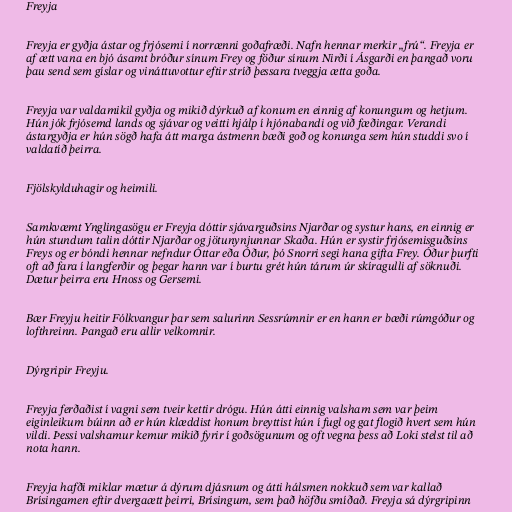
Freyja

Freyja er gyðja ástar og frjósemi í norrænni goðafræði. Nafn hennar merkir „frú“. Freyja er
af ætt vana en bjó ásamt bróður sínum Frey og föður sínum Nirði í Ásgarði en þangað voru
þau send sem gíslar og vináttuvottur eftir stríð þessara tveggja ætta goða.

Freyja var valdamikil gyðja og mikið dýrkuð af konum en einnig af konungum og hetjum.
Hún jók frjósemd lands og sjávar og veitti hjálp í hjónabandi og við fæðingar. Verandi
ástargyðja er hún sögð hafa átt marga ástmenn bæði goð og konunga sem hún studdi svo í
valdatíð þeirra.

Fjölskylduhagir og heimili.

Samkvæmt Ynglingasögu er Freyja dóttir sjávarguðsins Njarðar og systur hans, en einnig er
hún stundum talin dóttir Njarðar og jötunynjunnar Skaða. Hún er systir frjósemisguðsins
Freys og er bóndi hennar nefndur Óttar eða Óður, þó Snorri segi hana gifta Frey. Óður þurfti
oft að fara í langferðir og þegar hann var í burtu grét hún tárum úr skíragulli af söknuði.
Dætur þeirra eru Hnoss og Gersemi.

Bær Freyju heitir Fólkvangur þar sem salurinn Sessrúmnir er en hann er bæði rúmgóður og
lofthreinn. Þangað eru allir velkomnir.

Dýrgripir Freyju.

Freyja ferðaðist í vagni sem tveir kettir drógu. Hún átti einnig valsham sem var þeim
eiginleikum búinn að er hún klæddist honum breyttist hún í fugl og gat flogið hvert sem hún
vildi. Þessi valshamur kemur mikið fyrir í goðsögunum og oft vegna þess að Loki stelst til að
nota hann.

Freyja hafði miklar mætur á dýrum djásnum og átti hálsmen nokkuð sem var kallað
Brísingamen eftir dvergaætt þeirri, Brísingum, sem það höfðu smíðað. Freyja sá dýrgripinn